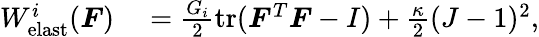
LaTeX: \begin{array}{rl}{W_{\mathrm{elast}}^{i}(\boldsymbol{F})}&{{}=\frac{G_{i}}{2}\mathrm{tr}(\boldsymbol{F}^{T}\boldsymbol{F}-I)+\frac{\kappa}{2}(J-1)^{2},}\end{array}